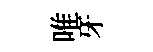
唯牙